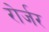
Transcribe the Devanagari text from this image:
रोर्जर